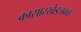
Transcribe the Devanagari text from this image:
कासारखेडजवळ